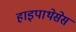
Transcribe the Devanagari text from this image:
हाइपाथेसेस